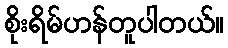
စိုးရိမ်ဟန်တူပါတယ်။